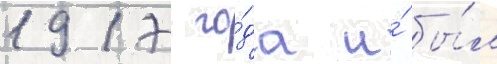
1917 го́да и́ бы́л